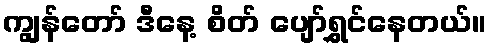
ကျွန်တော် ဒီနေ့ စိတ် ပျော်ရွှင်နေတယ်။